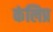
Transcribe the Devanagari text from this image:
कंलिप्र